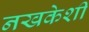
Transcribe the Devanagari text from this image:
नखकेशी